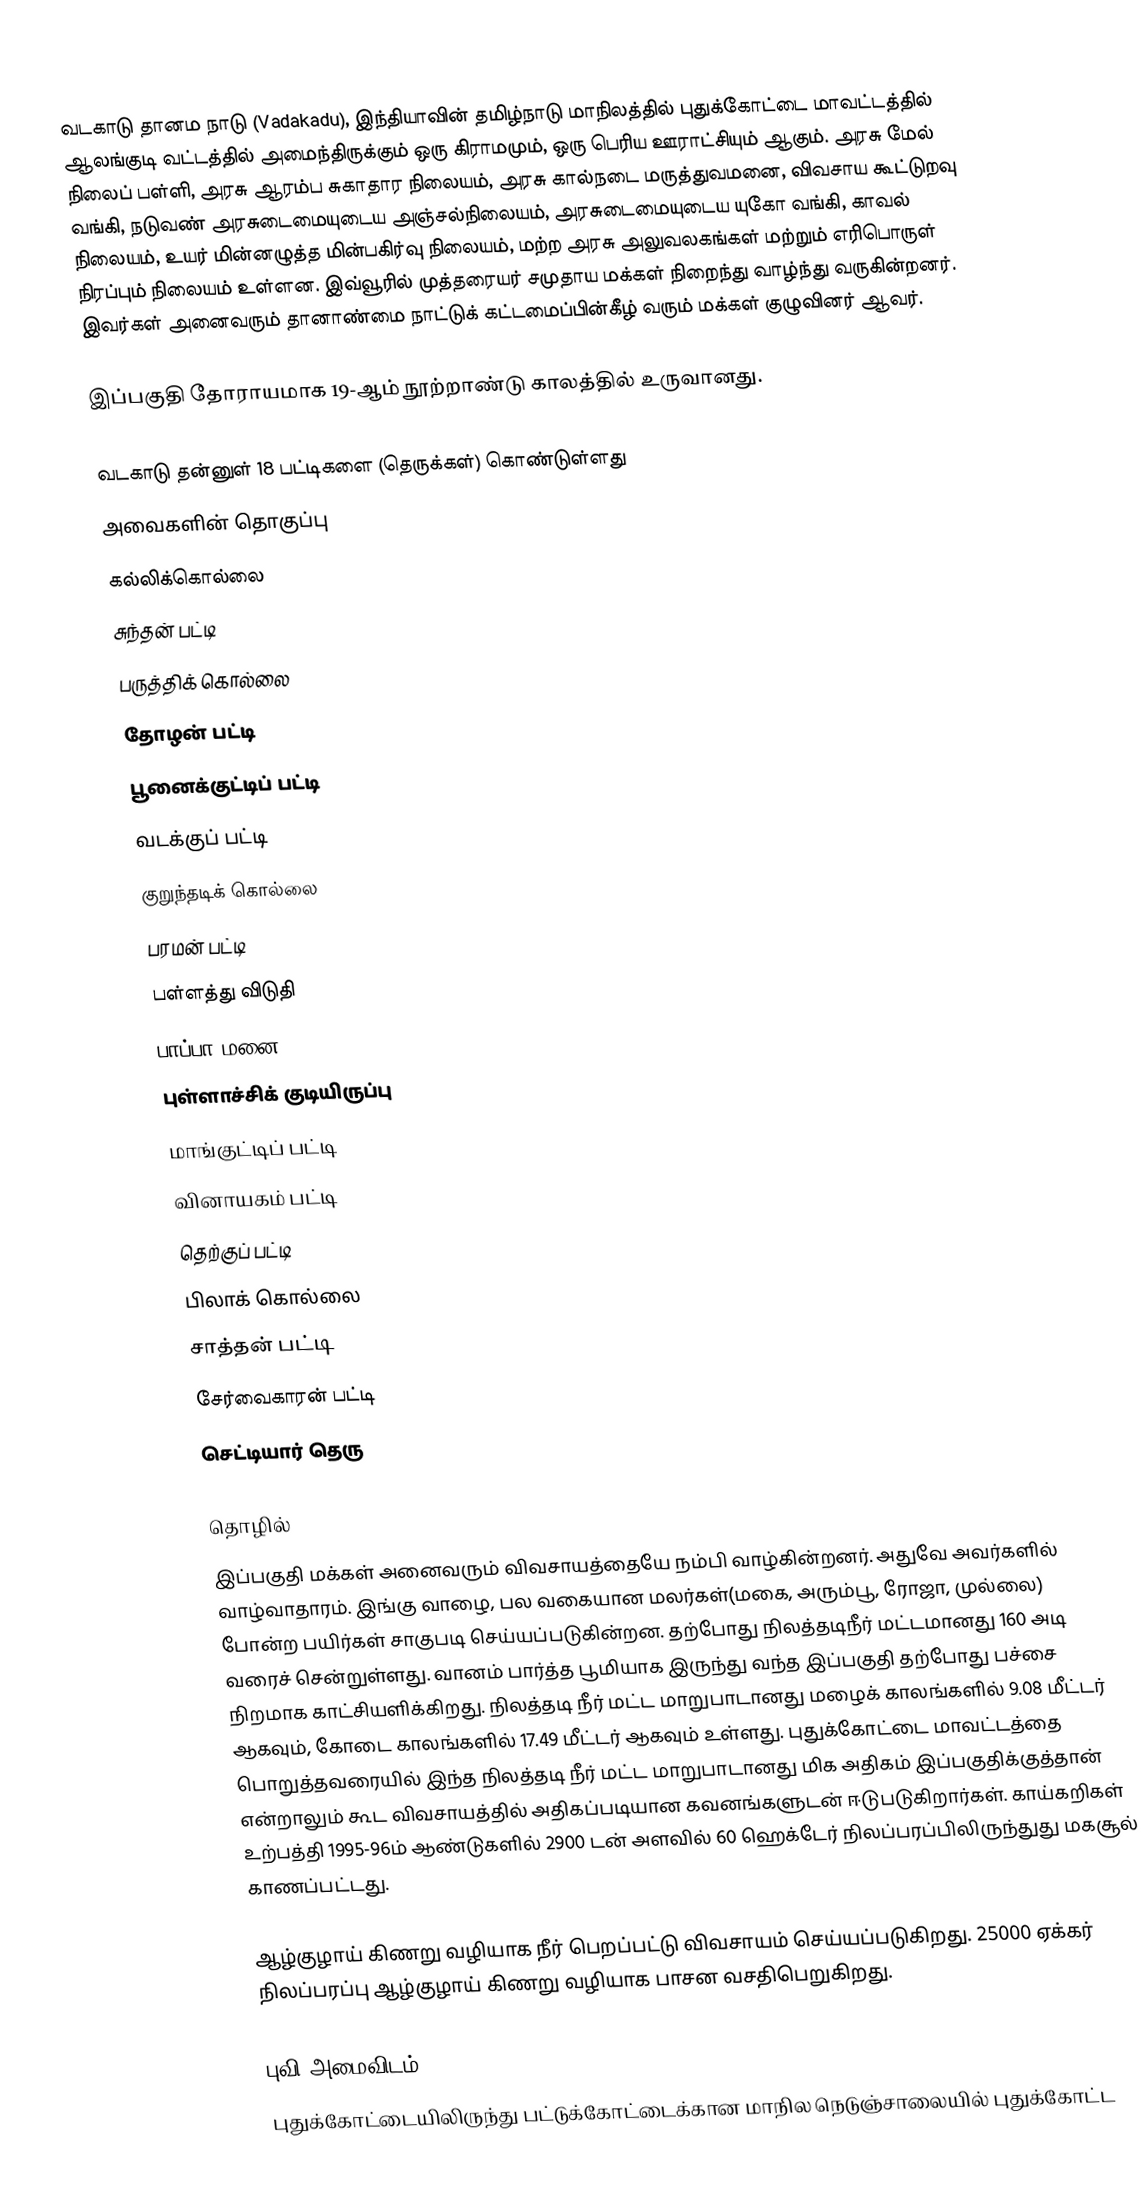
வடகாடு தானம நாடு (Vadakadu), இந்தியாவின் தமிழ்நாடு மாநிலத்தில் புதுக்கோட்டை மாவட்டத்தில் ஆலங்குடி வட்டத்தில் அமைந்திருக்கும் ஒரு கிராமமும், ஒரு பெரிய ஊராட்சியும் ஆகும். அரசு மேல் நிலைப் பள்ளி, அரசு ஆரம்ப சுகாதார நிலையம், அரசு கால்நடை மருத்துவமனை, விவசாய கூட்டுறவு வங்கி, நடுவண் அரசுடைமையுடைய  அஞ்சல்நிலையம், அரசுடைமையுடைய யுகோ வங்கி, காவல் நிலையம், உயர் மின்னழுத்த மின்பகிர்வு நிலையம், மற்ற அரசு அலுவலகங்கள் மற்றும் எரிபொருள் நிரப்பும் நிலையம் உள்ளன. இவ்வூரில் முத்தரையர்  சமுதாய மக்கள் நிறைந்து வாழ்ந்து வருகின்றனர். இவர்கள் அனைவரும் தானாண்மை நாட்டுக் கட்டமைப்பின்கீழ் வரும் மக்கள் குழுவினர் ஆவர்.

இப்பகுதி தோராயமாக 19-ஆம் நூற்றாண்டு காலத்தில் உருவானது.

வடகாடு தன்னுள் 18 பட்டிகளை (தெருக்கள்) கொண்டுள்ளது
அவைகளின் தொகுப்பு
 கல்லிக்கொல்லை
 சுந்தன் பட்டி
 பருத்திக் கொல்லை
 தோழன் பட்டி
 பூனைக்குட்டிப் பட்டி
 வடக்குப் பட்டி
 குறுந்தடிக் கொல்லை
 பரமன் பட்டி
 பள்ளத்து விடுதி
 பாப்பா மனை
 புள்ளாச்சிக் குடியிருப்பு
 மாங்குட்டிப் பட்டி
 வினாயகம் பட்டி
 தெற்குப் பட்டி
 பிலாக் கொல்லை
 சாத்தன் பட்டி
 சேர்வைகாரன் பட்டி
 செட்டியார் தெரு

தொழில்
இப்பகுதி மக்கள் அனைவரும் விவசாயத்தையே நம்பி வாழ்கின்றனர். அதுவே அவர்களில் வாழ்வாதாரம். இங்கு வாழை, பல வகையான மலர்கள்(மகை, அரும்பூ, ரோஜா, முல்லை) போன்ற பயிர்கள் சாகுபடி செய்யப்படுகின்றன. தற்போது நிலத்தடிநீர் மட்டமானது 160 அடி வரைச் சென்றுள்ளது. வானம் பார்த்த பூமியாக இருந்து வந்த இப்பகுதி தற்போது பச்சை நிறமாக காட்சியளிக்கிறது. நிலத்தடி நீர் மட்ட மாறுபாடானது மழைக் காலங்களில் 9.08 மீட்டர் ஆகவும், கோடை காலங்களில் 17.49 மீட்டர் ஆகவும் உள்ளது. புதுக்கோட்டை மாவட்டத்தை பொறுத்தவரையில் இந்த நிலத்தடி நீர் மட்ட மாறுபாடானது மிக அதிகம் இப்பகுதிக்குத்தான் என்றாலும் கூட விவசாயத்தில் அதிகப்படியான கவனங்களுடன் ஈடுபடுகிறார்கள். காய்கறிகள் உற்பத்தி 1995-96ம் ஆண்டுகளில் 2900 டன் அளவில் 60 ஹெக்டேர் நிலப்பரப்பிலிருந்துது மகசூல் காணப்பட்டது.

ஆழ்குழாய் கிணறு வழியாக நீர் பெறப்பட்டு விவசாயம் செய்யப்படுகிறது. 25000 ஏக்கர் நிலப்பரப்பு ஆழ்குழாய் கிணறு வழியாக பாசன வசதிபெறுகிறது.

புவி அமைவிடம்
புதுக்கோட்டையிலிருந்து  பட்டுக்கோட்டைக்கான மாநில நெடுஞ்சாலையில் புதுக்கோட்ட